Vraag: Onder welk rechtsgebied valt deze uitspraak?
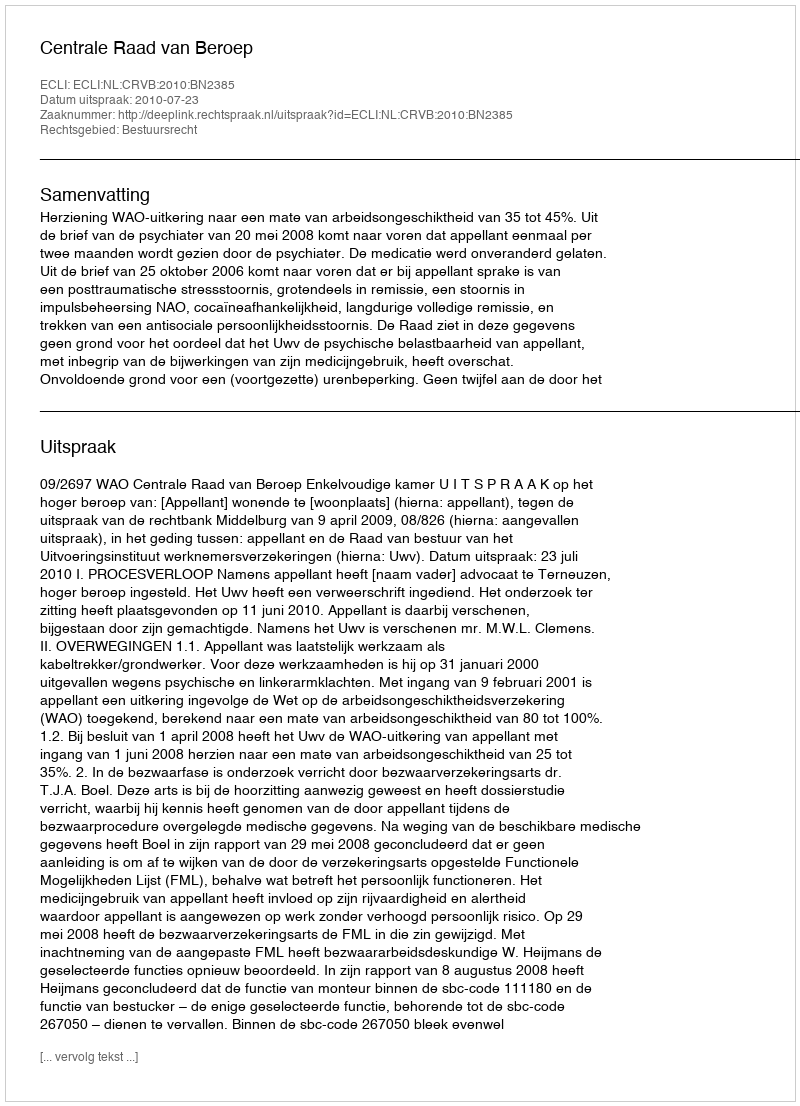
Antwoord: Bestuursrecht